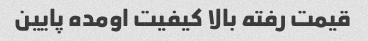
قیمت رفته بالا کیفیت اومده پایین